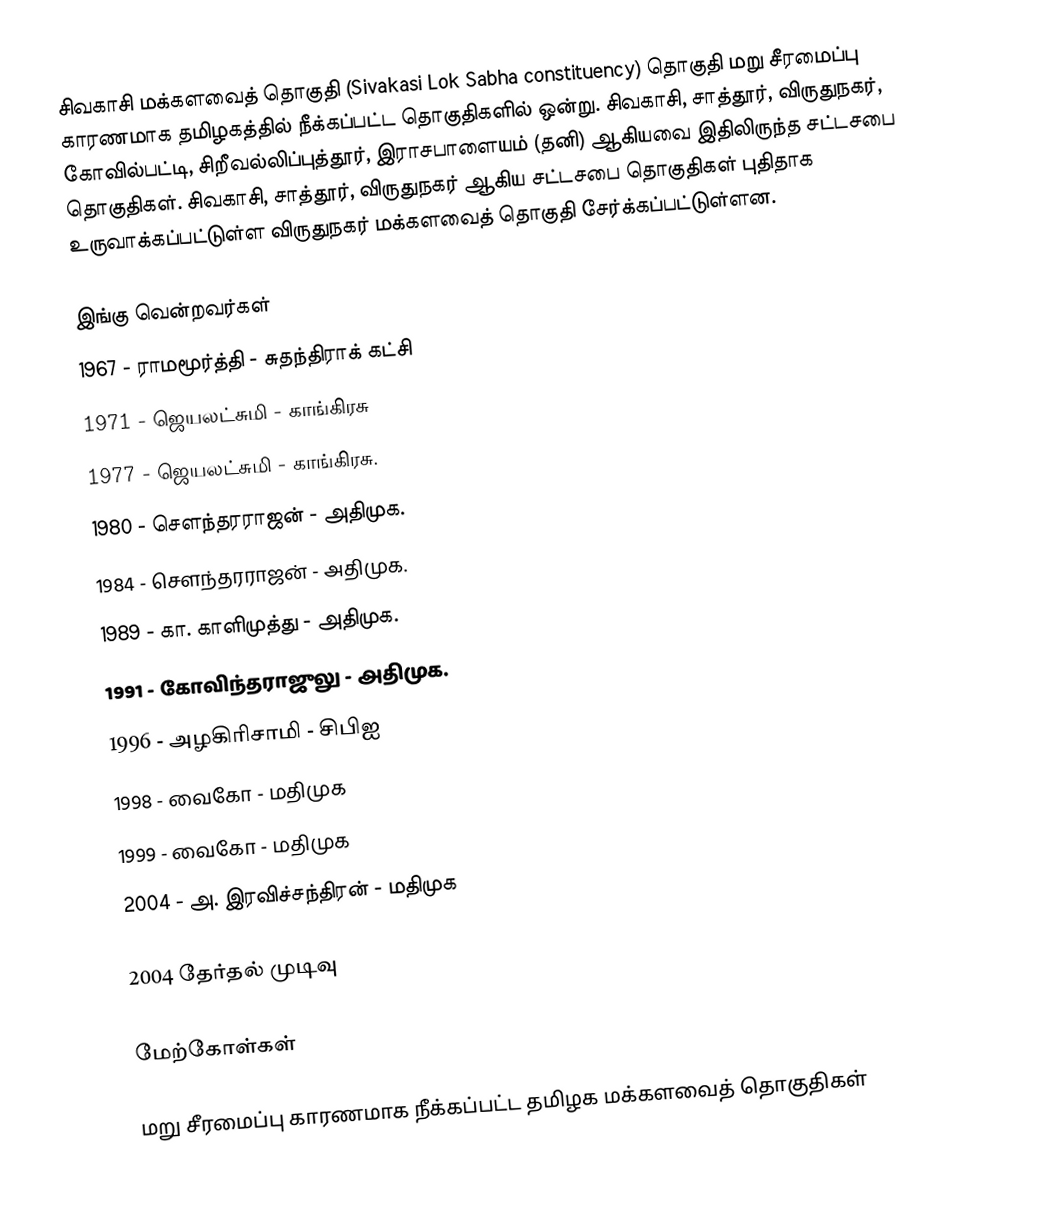
சிவகாசி மக்களவைத் தொகுதி (Sivakasi Lok Sabha constituency) தொகுதி மறு சீரமைப்பு காரணமாக தமிழகத்தில் நீக்கப்பட்ட தொகுதிகளில் ஒன்று. சிவகாசி, சாத்தூர், விருதுநகர், கோவில்பட்டி, சிறீவல்லிப்புத்தூர், இராசபாளையம் (தனி) ஆகியவை இதிலிருந்த சட்டசபை தொகுதிகள். சிவகாசி, சாத்தூர், விருதுநகர் ஆகிய சட்டசபை தொகுதிகள் புதிதாக உருவாக்கப்பட்டுள்ள விருதுநகர் மக்களவைத் தொகுதி சேர்க்கப்பட்டுள்ளன.

இங்கு வென்றவர்கள்
1967 - ராமமூர்த்தி - சுதந்திராக் கட்சி
1971 - ஜெயலட்சுமி - காங்கிரசு
1977 - ஜெயலட்சுமி - காங்கிரசு.
1980 - செளந்தரராஜன் - அதிமுக.
1984 - செளந்தரராஜன் - அதிமுக.
1989 - கா. காளிமுத்து - அதிமுக.
1991 - கோவிந்தராஜுலு - அதிமுக.
1996 - அழகிரிசாமி - சிபிஐ
1998 - வைகோ - மதிமுக
1999 - வைகோ - மதிமுக
2004 - அ. இரவிச்சந்திரன் - மதிமுக

2004 தேர்தல் முடிவு

மேற்கோள்கள்

மறு சீரமைப்பு காரணமாக நீக்கப்பட்ட தமிழக மக்களவைத் தொகுதிகள்